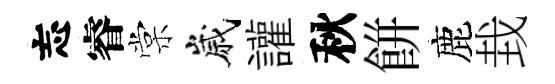
忘睿棠嵗讙秋餅鹿㘽